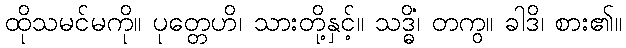
ထိုသမင်မကို။ ပုတ္တေဟိ၊ သားတို့နှင့်။ သဒ္ဓိံ၊ တကွ။ ခါဒိ၊ စား၏။